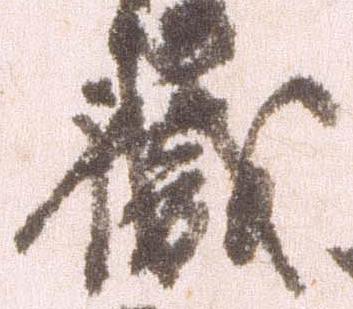
職